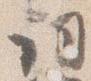
詞